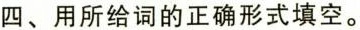
四、用所给词的正确形式填空.